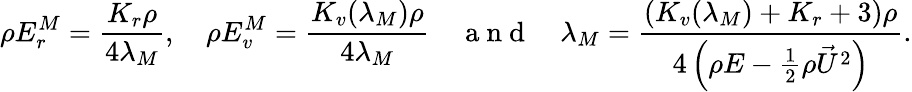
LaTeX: \rho E_{r}^{M}=\frac{K_{r}\rho}{4\lambda_{M}},\quad\rho E_{v}^{M}=\frac{K_{v}(\lambda_{M})\rho}{4\lambda_{M}}\quad{\mathrm{~a~n~d~}}\quad{\lambda_{M}}=\frac{\left(K_{v}(\lambda_{M})+K_{r}+3\right)\rho}{4\left(\rho E-\frac{1}{2}\rho{\vec{U}}^{2}\right)}.